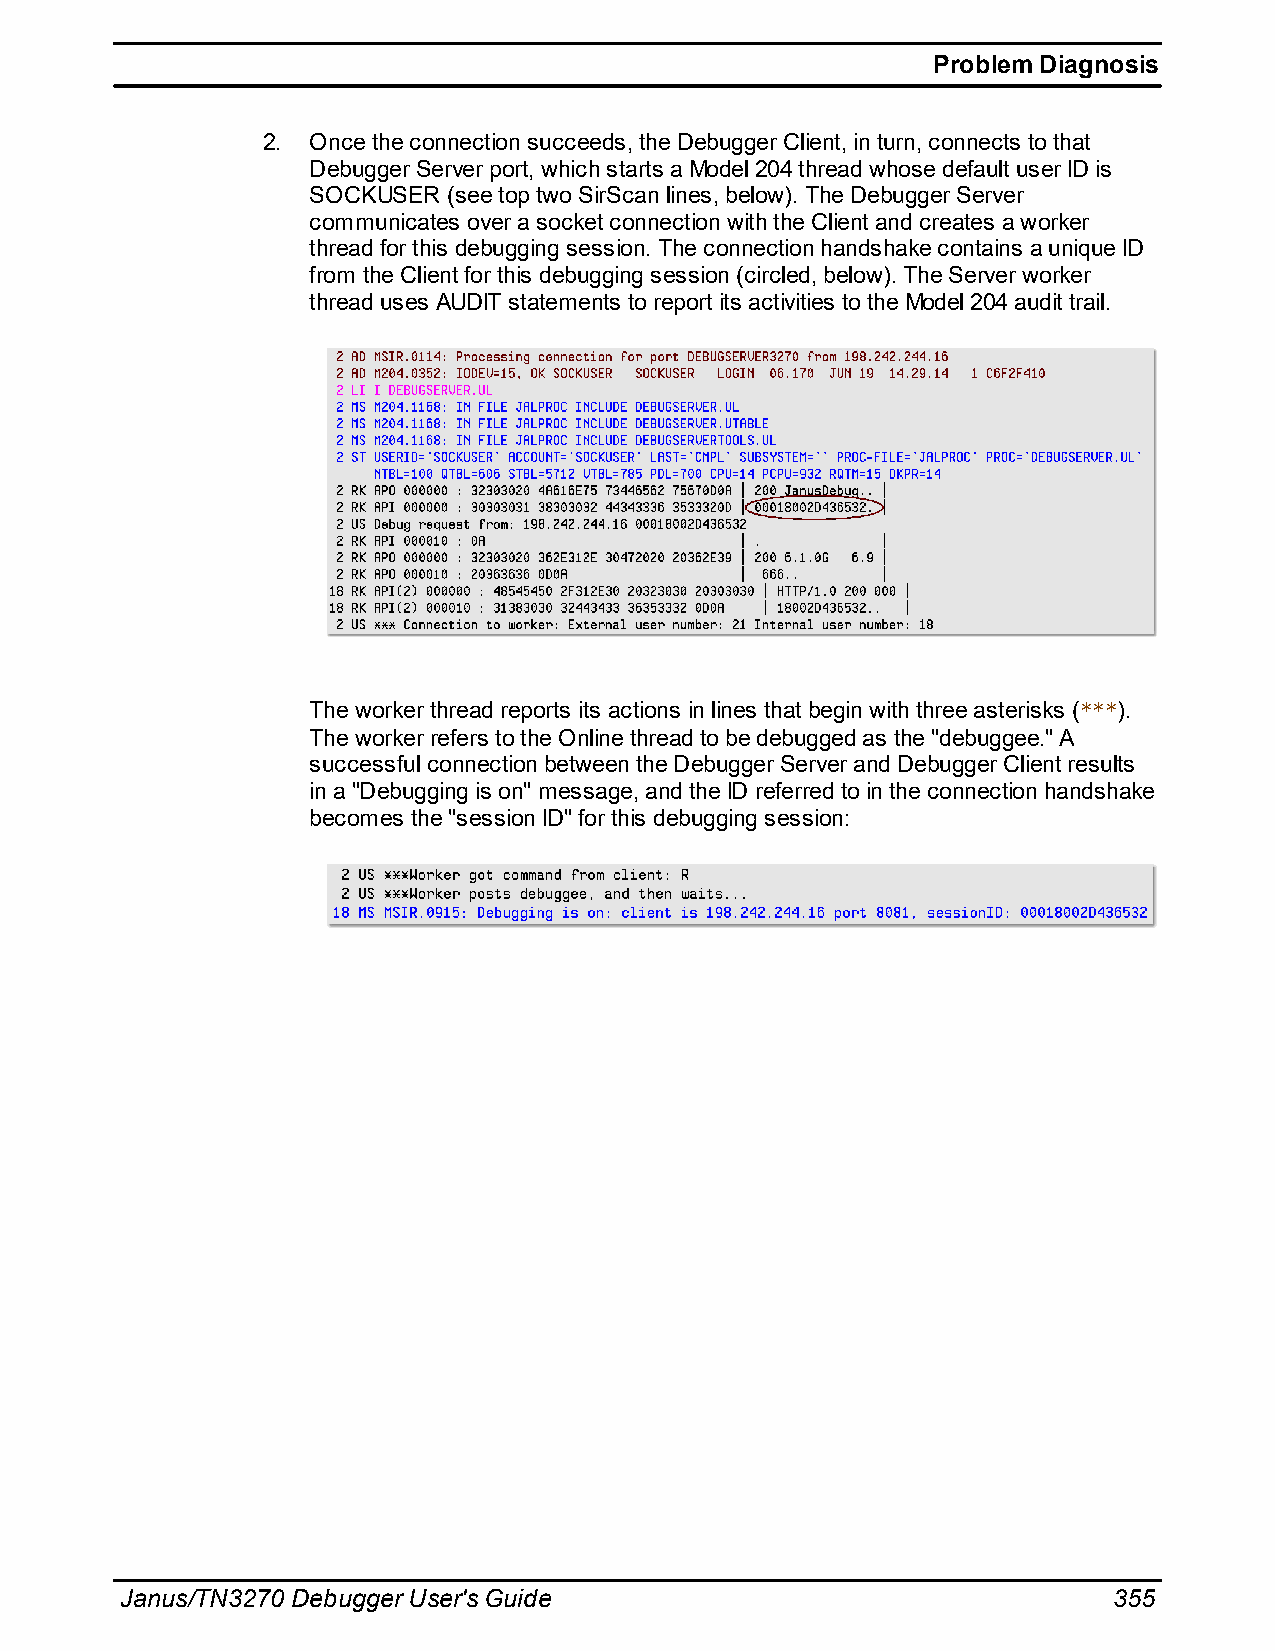
Problem Diagnosis
 2. Once the connection succeeds, the Debugger Client, in turn, connects to that
 Debugger Server port, which starts a Model 204 thread whose default user ID is
 SOCKUSER  (see top two SirScan lines, below). The Debugger Server
 communicates over a socket connection with the Client and creates a worker
 thread for this debugging session. The connection handshake contains a unique ID
 from the Client for this debugging session (circled, below). The Server worker
 thread uses AUDIT statements to report its activities to the Model 204 audit trail.
 The worker thread reports its actions in lines that begin with three asterisks (***).
 The worker refers to the Online thread to be debugged as the "debuggee." A
 successful connection between the Debugger Server and Debugger Client results
 in a "Debugging is on" message, and the ID referred to in the connection handshake
 becomes the "session ID" for this debugging session:
 Janus/TN3270 Debugger User's Guide                                355